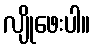
လျိုဖေးပါ။